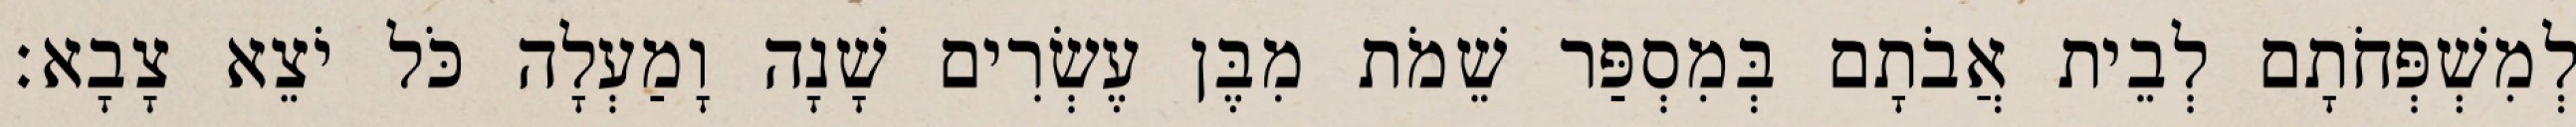
לְמִשְׁפְּחֹתָם לְבֵית אֲבֹתָם בְּמִסְפַּר שֵׁמֹת מִבֶּן עֶשְׂרִים שָׁנָה וָמַעְלָה כֹּל יֹצֵא צָבָא׃